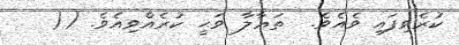
ކުރެވިފައި ވެއެވެ.  ތަޢާލާ ވަޙީ ކުރެއްވިއެވެ. ((